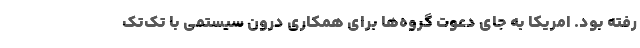
رفته بود. امريكا به جاي دعوت گروه‌ها براي همكاري درون سيستمي با تك‌تك